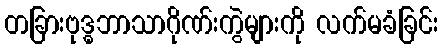
တခြားဗုဒ္ဓဘာသာဂိုဏ်းကွဲများကို လက်မခံခြင်း